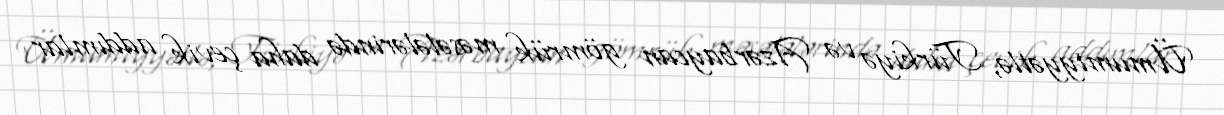
Ümumiyyətlə, Türkiyə və Azərbaycan gömrük məsələlərində daha çevik addımlar